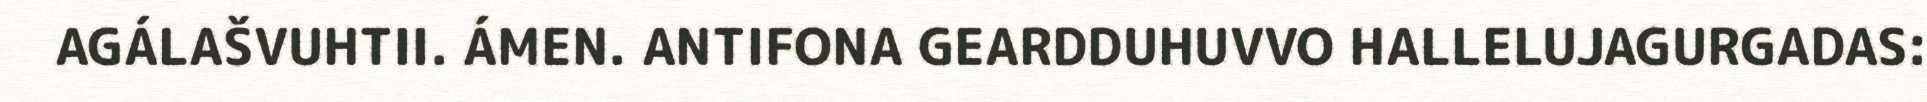
AGÁLAŠVUHTII. ÁMEN. ANTIFONA GEARDDUHUVVO HALLELUJAGURGADAS: